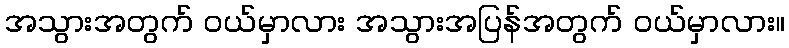
အသွားအတွက် ဝယ်မှာလား အသွားအပြန်အတွက် ဝယ်မှာလား။